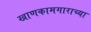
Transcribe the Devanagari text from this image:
खाणकामगाराच्या